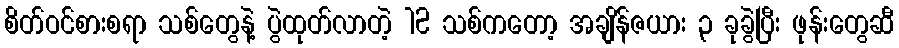
စိတ်ဝင်စားစရာ သစ်တွေနဲ့ ပွဲထုတ်လာတဲ့ 12 သစ်ကတော့ အချိန်ဇယား ၃ ခုခွဲပြီး ဖုန်းတွေဆီ